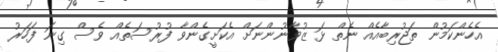
އެހެންކަމުން ތަޖުރިބާއެއް ނެތް ޅަ ޒުވާނުންނަށް އެކަށީގެންވާ ފުރުސަތެއް ވެސް ގިނަ ފަހަރު